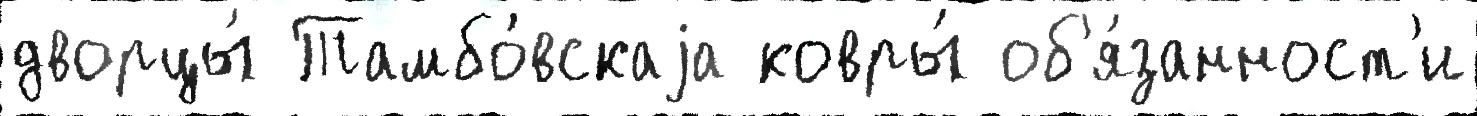
дворцы́ Тамбо́вскаjа ковры́ об'я́занност'и